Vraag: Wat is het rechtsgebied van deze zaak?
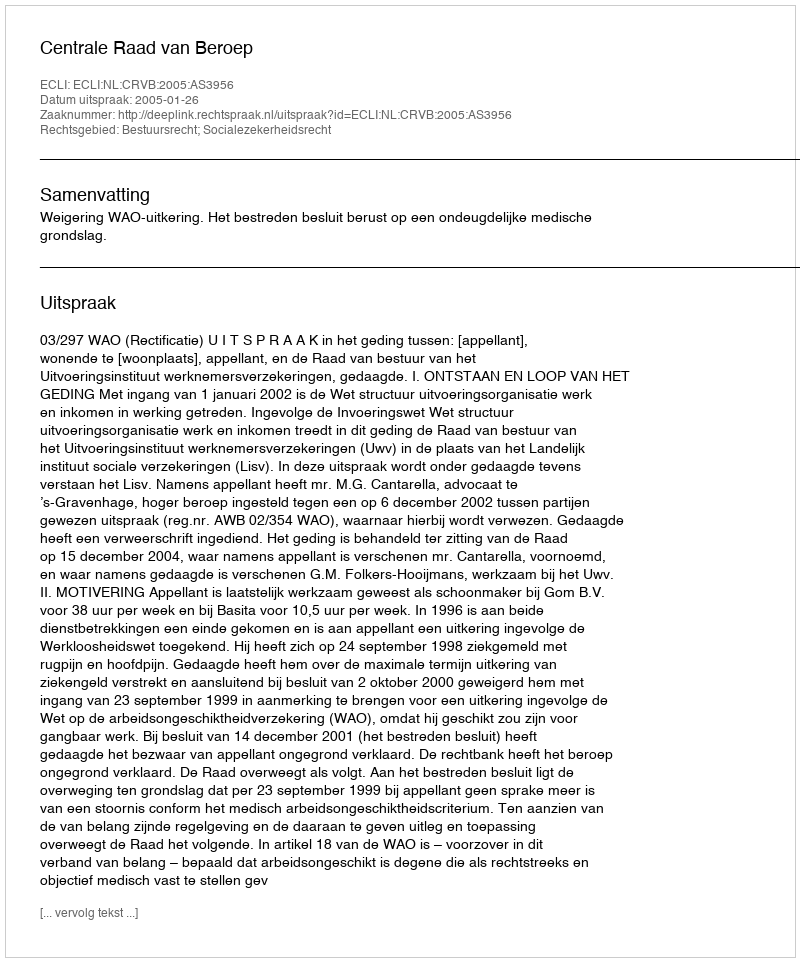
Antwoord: Bestuursrecht; Socialezekerheidsrecht